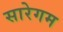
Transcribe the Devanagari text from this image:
सारेगम